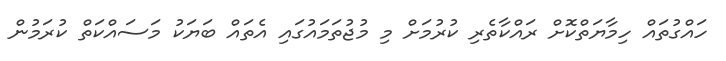
ހައްގުތައް ހިމާޔަތްކޮށް ރައްކާތެރި ކުރުމަށް މި މުޖުތަމައުގައި އެތައް ބަޔަކު މަސައްކަތް ކުރަމުން